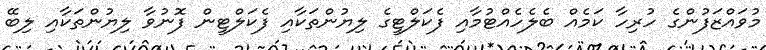
މުވައްޒަފުންގެ ހުރިހާ ކަމެއް ބެލެހެއްޓުމާއި ފެކަލްޓީގެ ލިޔުންތަކާއި ފެކަލްޓީން ފޮނުވާ ލިޔުންތަކާއި ލިބޭ